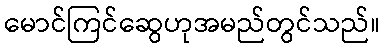
မောင်ကြင်ဆွေဟုအမည်တွင်သည်။